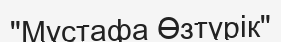
"Мұстафа Өзтүрік"